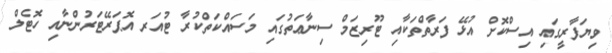
ވިޔަފާރީގައި އިސްކޮށް އުޅޭ ފަރާތްތަކާއި ޓޫރިޒަމް ސިނާޢަތުގައި މަސައްކަތްކުރާ ޓުއަރ އޮޕަރޭޓަރުންނާއި ހޮޓެލް